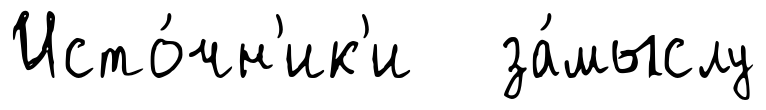
Исто́чн'ик'и за́мыслу